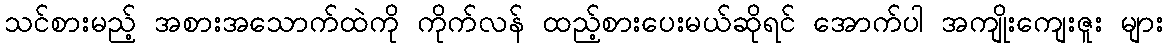
သင်စားမည့် အစားအသောက်ထဲကို ကိုက်လန် ထည့်စားပေးမယ်ဆိုရင် အောက်ပါ အကျိုးကျေးဇူး များ